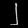
Digit: ၂